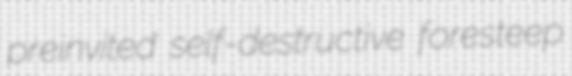
preinvited self-destructive foresteep